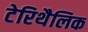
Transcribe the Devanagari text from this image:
टेरिथैलिक